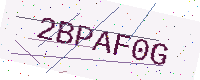
Text: 2BPAF0G